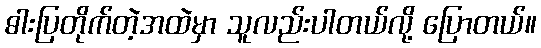
ဓါးပြတိုက်တဲ့အထဲမှာ သူလည်းပါတယ်လို့ ပြောတယ်။